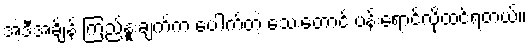
အဲ့ဒီအချိန် ကြည်နူးချက်က ပေါက်တဲ့ သေးတောင် ပန်းရောင်လို့ထင်ရတယ်။